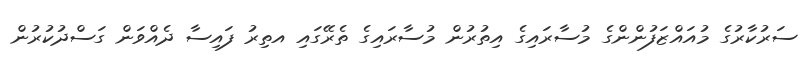
ސަރުކާރުގެ މުއައްޒަފުންންގެ މުސާރައިގެ އިތުރުން މުސާރައިގެ ތެރޭގައި އތިރު ފައިސާ ދެއްވަން ގަސްދުކުރުން